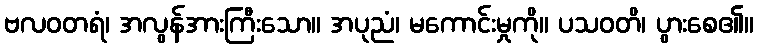
ဗလဝတရံ၊ အလွန်အားကြီးသော။ အပုညံ၊ မကောင်းမှုကို။ ပသဝတိ၊ ပွားစေ၏။